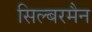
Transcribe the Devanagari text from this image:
सिल्बरमैन